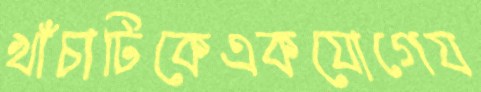
খাঁচাটিকেএকযোগেয